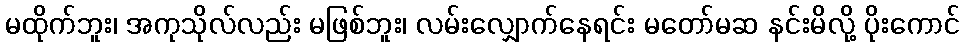
မထိုက်ဘူး၊ အကုသိုလ်လည်း မဖြစ်ဘူး၊ လမ်းလျှောက်နေရင်း မတော်မဆ နင်းမိလို့ ပိုးကောင်